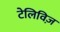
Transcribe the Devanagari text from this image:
टेलिविज़